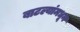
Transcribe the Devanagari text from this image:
बाटल्यांमधून